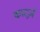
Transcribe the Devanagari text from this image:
कार्ट्ज़